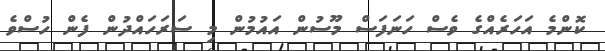
ކޮންމެ އަހަރެއްގެ ވެސް ހަނަފަސް މޫސުން އައުމުން މި ސަރަހައްދުން ފެން ހުސްވެ